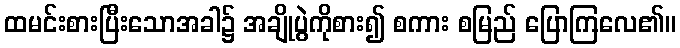
ထမင်းစားပြီးသောအခါ၌ အချိုပွဲကိုစား၍ စကား စမြည် ပြောကြလေ၏။